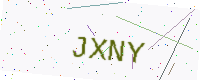
Text: JXNY